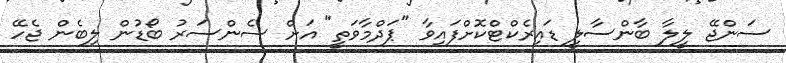
ސަންޖޭ ލީލާ ބާންސާލީ ޑައިރެކްޓްކޮށްފައިވާ "ޕަދްމާވަތީ" އަށް ސެންސަރު ބޯޑުން ލިބެން ޖެހޭ